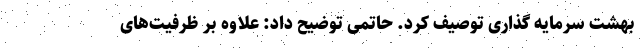
بهشت سرمایه گذاری توصیف کرد. حاتمی توضیح داد: علاوه بر ظرفیت‌های